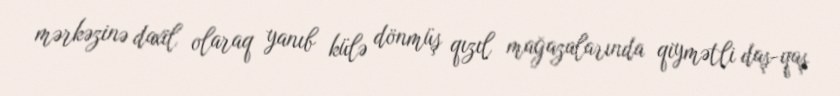
mərkəzinə daxil olaraq yanıb külə dönmüş qızıl mağazalarında qiymətli daş-qaş